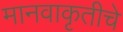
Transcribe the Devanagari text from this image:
मानवाकृतीचे